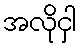
အလိုငှါ